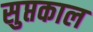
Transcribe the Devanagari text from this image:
सुप्तकाल